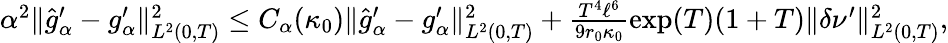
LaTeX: \begin{array}{r}{\alpha^{2}\Vert\widehat{g}_{\alpha}^{\prime}-g_{\alpha}^{\prime}\Vert_{L^{2}(0,T)}^{2}\leq C_{\alpha}(\kappa_{0})\Vert\widehat{g}_{\alpha}^{\prime}-g_{\alpha}^{\prime}\Vert_{L^{2}(0,T)}^{2}+\frac{T^{4}\ell^{6}}{9r_{0}\kappa_{0}}\exp(T)(1+T)\Vert\delta\nu^{\prime}\Vert_{L^{2}(0,T)}^{2},}\end{array}